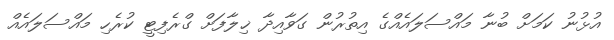
އުޅުނު ކަމަށް ބުނާ މައްސަލައެއްގެ އިތުރުން ގަވާއިދާ ޚިލާފަށް ގްރެފިޓީ ކުރެހި މައްސަލައެއް